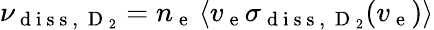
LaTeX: \nu_{\mathrm{~d~i~s~s~,~}\mathrm{~D~}_{2}}=n_{\mathrm{~e~}}\left\langle v_{\mathrm{~e~}}\sigma_{\mathrm{~d~i~s~s~,~}\mathrm{~D~}_{2}}(v_{\mathrm{~e~}})\right\rangle